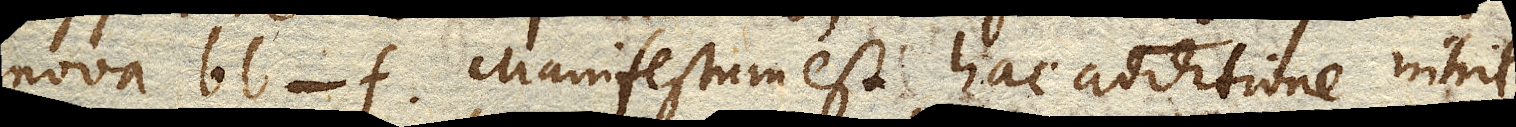
nova bb-f. Manifestum est, hac additione nihil